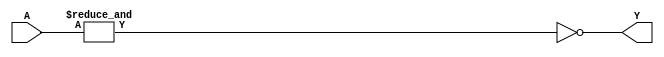
// This program was cloned from: https://github.com/TimRudy/ice-chips-verilog
// License: GNU General Public License v3.0

// 8-input NAND gate

module ttl_7430 #(parameter WIDTH_IN = 8, DELAY_RISE = 0, DELAY_FALL = 0)
(
  input [WIDTH_IN-1:0] A,
  output Y
);

//------------------------------------------------//
reg computed;

always @(*)
begin
  computed = ~(&A);
end
//------------------------------------------------//

assign #(DELAY_RISE, DELAY_FALL) Y = computed;

endmodule